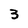
Character: 3